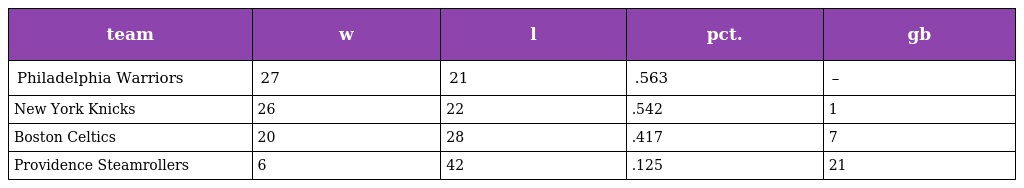
| team | w | l | pct. | gb |
 | --- | --- | --- | --- | --- |
 | Philadelphia Warriors | 27 | 21 | .563 | – |
 | New York Knicks | 26 | 22 | .542 | 1 |
 | Boston Celtics | 20 | 28 | .417 | 7 |
 | Providence Steamrollers | 6 | 42 | .125 | 21 |